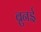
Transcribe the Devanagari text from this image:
ब्रुनई